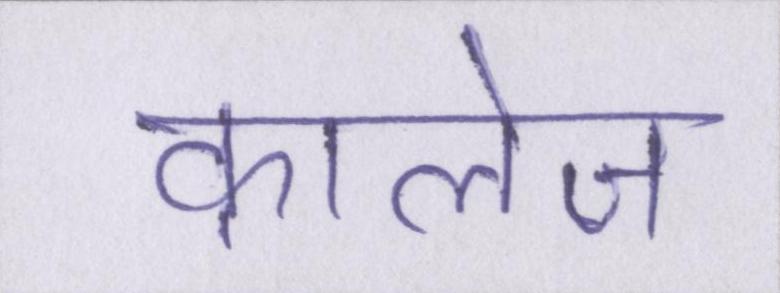
कालेज